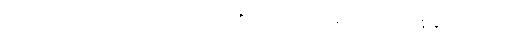
သော။ ဝိညာဏံ၊ သည်။ တိဋ္ဌတိ၊ ၏။ ဒိဋ္ဌိသလ္လေန၊ ကြောင့်။ နန္ဒူပသေစနံ၊